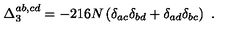
\Delta _ { 3 } ^ { a b , c d } = - 2 1 6 N \left( \delta _ { a c } \delta _ { b d } + \delta _ { a d } \delta _ { b c } \right) \ .